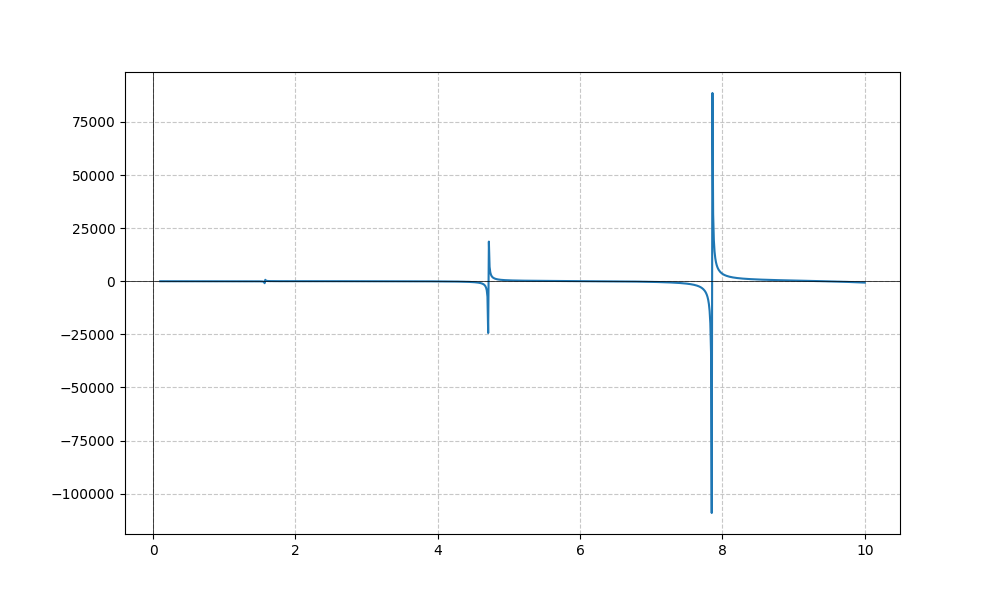
LaTeX formula: - x^{3} \tan{\left(x \right)}